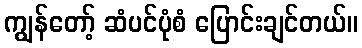
ကျွန်တော့် ဆံပင်ပုံစံ ပြောင်းချင်တယ်။